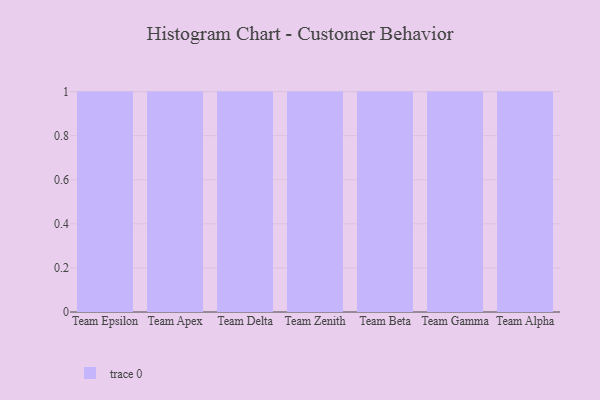
{"axis": {"x": "Team", "y": "LTV (USD)"}, "legend": [""], "data": [{"x": "Team Epsilon", "y": 37, "type": ""}, {"x": "Team Apex", "y": 99, "type": ""}, {"x": "Team Delta", "y": 57, "type": ""}, {"x": "Team Zenith", "y": 66, "type": ""}, {"x": "Team Beta", "y": 73, "type": ""}, {"x": "Team Gamma", "y": 30, "type": ""}, {"x": "Team Alpha", "y": 50, "type": ""}]}